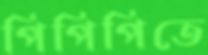
পিপিপিতে